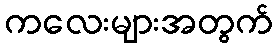
ကလေးများအတွက်